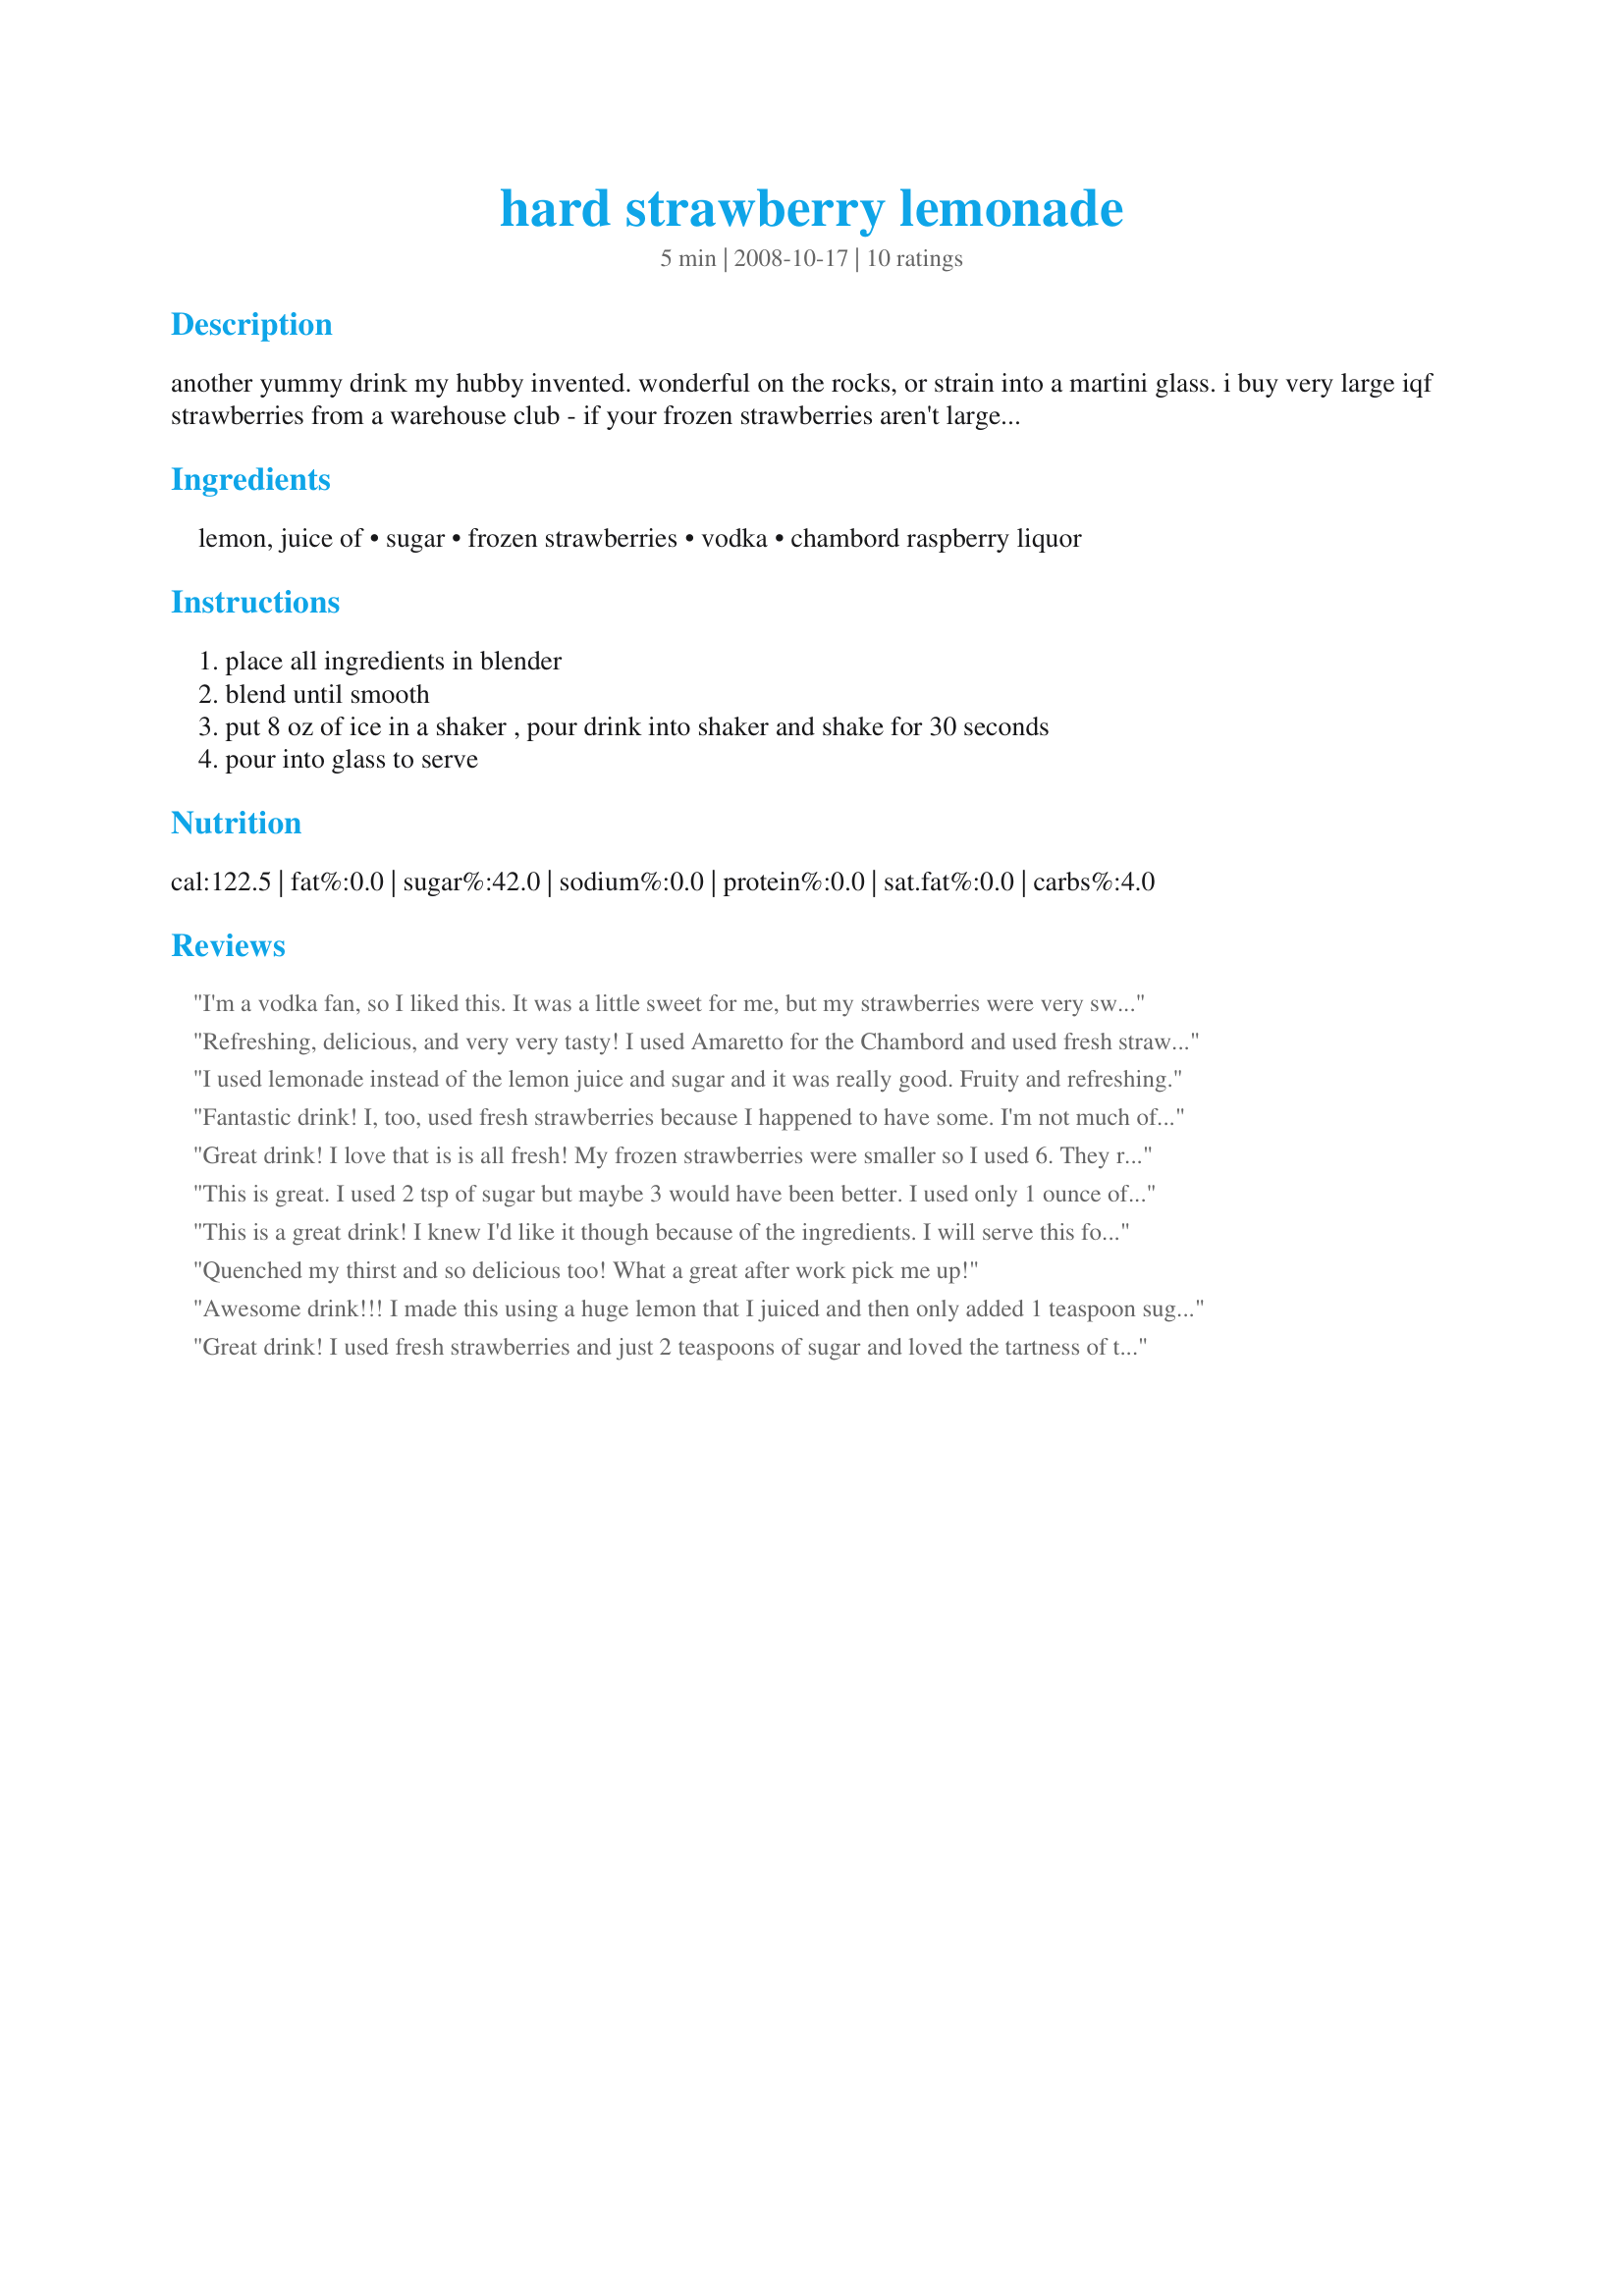
hard strawberry lemonade
Preparation time: 5 minutes

another yummy drink my hubby invented. wonderful on the rocks, or strain into a martini glass.

i buy very large iqf strawberries from a warehouse club - if your frozen strawberries aren't large, add more. be sure to use chambord for the liqueur. you can really taste it in this drink, and cheaper raspberry liqueurs taste like cough medicine.

Ingredients:
lemon, juice of, sugar, frozen strawberries, vodka, chambord raspberry liquor

Steps:
place all ingredients in blender, blend until smooth, put 8 oz of ice in a shaker , pour drink into shaker and shake for 30 seconds, pour into glass to serve

Reviews:
I'm a vodka fan, so I liked this. It was a little sweet for me, but my strawberries were very sweet...I probably didn't need any sugar! I used some fresh strawberries, not frozen. Thanks for posting. made for Everyday is a Holiday tag.
Refreshing, delicious, and very very tasty! I used Amaretto for the Chambord and used fresh strawberries. There is one problem with this recipe. It only makes 1 glass (lol). Thanks for posting, this is an awesome summer cocktail! Will definitely make again, and again (maybe use raspberries next time too). :)
I used lemonade instead of the lemon juice and sugar and it was really good. Fruity and refreshing.
Fantastic drink! I, too, used fresh strawberries because I happened to have some. I'm not much of a hard liquor person but I really loved this and will make it again. Thank you for the treat after a hard day!!
Great drink! I love that is is all fresh! My frozen strawberries were smaller so I used 6. They really made the drink nice and slushy! I forgot to add the sugar and wow was it tart! lol Stirred the sugar in and it was fantastic! Thanks for a great recipe!
This is great. I used 2 tsp of sugar but maybe 3 would have been better. I used only 1 ounce of Chambord. Thanks Appleydapply for this beautiful drink. Made for a winning prize for Top Favorites of 2008 cookbook tag game.
This is a great drink! I knew I'd like it though because of the ingredients. I will serve this for the holidays! Thanks for sharing.
Quenched my thirst and so delicious too! What a great after work pick me up!
Awesome drink!!! I made this using a huge lemon that I juiced and then only added 1 teaspoon sugar!!! I used fresh strawberries, now in their prime time in Florida and that was the perfect sweetness for me!! The flavors of all ingredients make for one tasty drink!!! Thanks for sharing!!! Made for Everyday is a Holiday Tag!!!
Great drink! I used fresh strawberries and just 2 teaspoons of sugar and loved the tartness of the drink. Thanks for posting this recipe!
